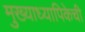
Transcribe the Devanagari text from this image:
मुख्याध्यापिकेची